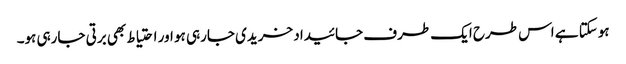
ہوسکتا ہے اس طرح ایک طرف جائیداد خریدی جارہی ہو اور احتیاط بھی برتی جارہی ہو۔